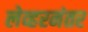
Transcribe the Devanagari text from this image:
लेव्हरनंतर